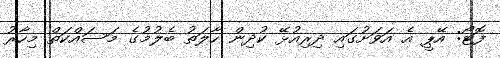
ފޮޓޯ: އޭޕީ އެ އަވަށުގައި ދިރިއުޅޭ ކުދިން ހާލަތު ބެލުމުގެ މަސައްކަތް މިހާރު